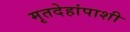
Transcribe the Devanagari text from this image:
मृतदेहांपाशी